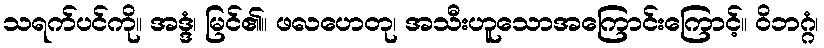
သရက်ပင်ကို။ အဒ္ဒံ၊ မြင်၏။ ဖလဟေတု၊ အသီးဟူသောအကြောင်းကြောင့်။ ဝိဘဂ္ဂံ၊